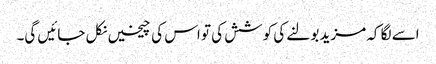
اسے لگا کہ مزید بولنے کی کوشش کی تو اس کی چیخیں نکل جائیں گی۔